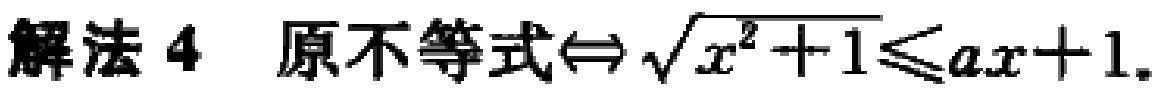
解法 4 原不等式$\Leftrightarrow \sqrt{x^{2}+1}\leqslant ax + 1$.